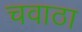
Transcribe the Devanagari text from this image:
चवाठा